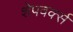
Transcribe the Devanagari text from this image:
शेपवर्क्स